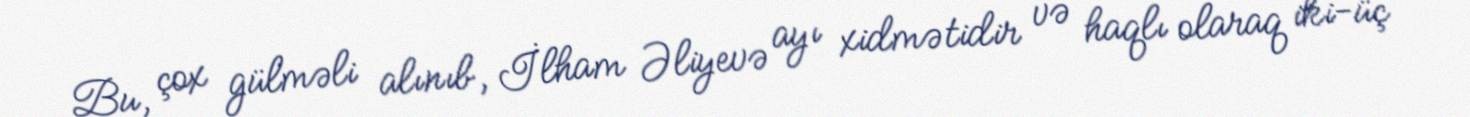
Bu, çox gülməli alınıb, İlham Əliyevə ayı xidmətidir və haqlı olaraq iki-üç